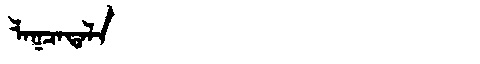
Manchu: ᠯᠠᡴᠴᠠᡨᠠᠯᠠ
Romanization: LAKCATALA